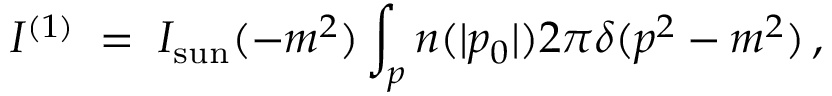
{ \cal I } ^ { ( 1 ) } \; = \; I _ { \mathrm { s u n } } ( - m ^ { 2 } ) \int _ { p } n ( | p _ { 0 } | ) 2 \pi \delta ( p ^ { 2 } - m ^ { 2 } ) \, ,